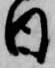
日